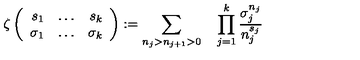
\zeta \left( \begin{array} { r c r } { s _ { 1 } } & { \ldots } & { s _ { k } } \\ { \sigma _ { 1 } } & { \ldots } & { \sigma _ { k } } \\ \end{array} \right) : = \sum _ { n _ { j } > n _ { j + 1 } > 0 } \quad \prod _ { j = 1 } ^ { k } \frac { \sigma _ { j } ^ { n _ { j } } } { n _ { j } ^ { s _ { j } } }